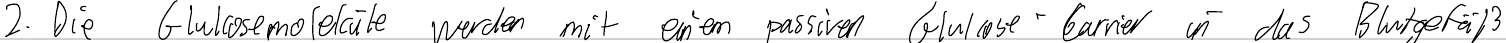
2. Die Glukosemoleküle werden mit einem passiven Glukose-Carrier in das Blutgefäß